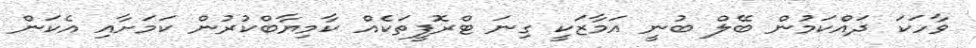
ވާހަކަ ދައްކަމުން ބޭލް ބުނީ އަމާޒަކީ ގިނަ ޓްރޮފީތަކެއް ކާމިޔާބްކުރުން ކަމަށާއި އެކަން